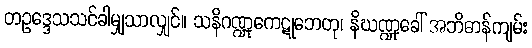
တဥဒ္ဒေသသင်ခါမျှသာလျှင်။ သနိဂဏ္ဍုကေဋုဘေတု၊ နိဃဏ္ဍုခေါ် အဘိဓာန်ကျမ်း